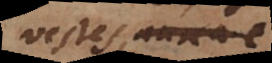
vestes, aurea